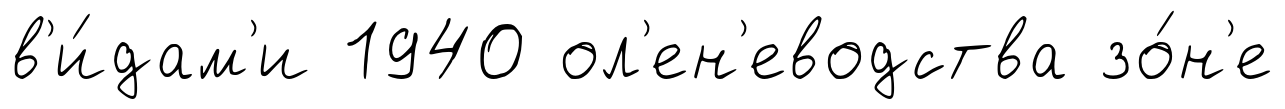
в'и́дам'и 1940 ол'ен'еводства зо́н'е